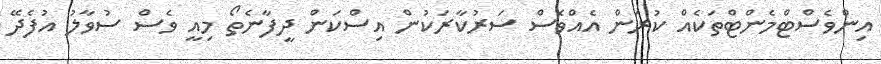
އިންވެސްޓްމެންޓްތަކެއް ކުރަން އެއްވެސް ސަރުކާރަކުން އިސްކަން ދީފާނެތޯ މިއީ ވެސް ސުވާލު އުފެދޭ